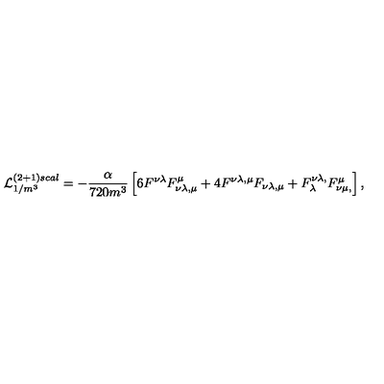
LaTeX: { \cal L } _ { 1 / m ^ { 3 } } ^ { ( 2 + 1 ) s c a l } = - \frac { \alpha } { 7 2 0 m ^ { 3 } } \left[ 6 F ^ { \nu \lambda } F _ { \nu \lambda , \mu } ^ { \mu } + 4 F ^ { \nu \lambda , \mu } F _ { \nu \lambda , \mu } + F _ { \lambda } ^ { \nu \lambda , } F _ { \nu \mu , } ^ { \mu } \right] ,